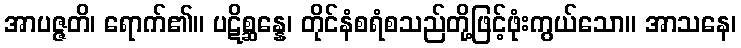
အာပဇ္ဇတိ၊ ရောက်၏။ ပဋိစ္ဆန္နေ၊ တိုင်နံစရံစသည်တို့ဖြင့်ဖုံးကွယ်သော။ အာသနေ၊